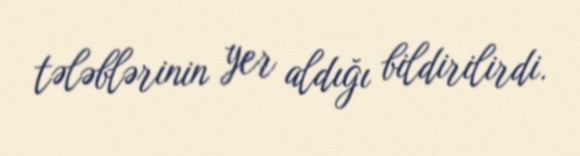
tələblərinin yer aldığı bildirilirdi.